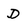
Character: D